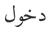
دخول